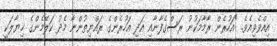
އިއްވެވިއެވެ. "އަހުރެން ރާމާމަކުނު ރަސްގެފާނާއި އަދި އަހުރެންގެ ރައްޔިތުންނާ މެދު ކަލޭމެންގެ ޚިޔާލަކީ